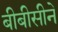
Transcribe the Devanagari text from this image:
बीबीसीने